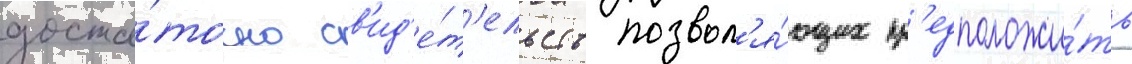
доста́точно св'ид'е́т'ельств позвол'я́ющих пр'едположи́ть